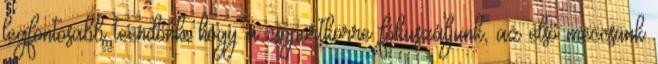
legfontosabb teendőnk, hogy a csoportkörre fókuszáljunk, az első meccsünk